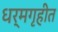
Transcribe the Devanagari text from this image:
धर्मगृहीत